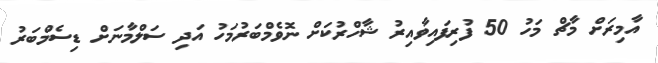
އާމިރަށް މާޗް މަހު 50 ފުރިފައިވާއިރު ޝާހްރުކަށް ނޮވެމްބަރުމަހު އަދި ސަލްމާނަށް ޑިސެމްބަރު